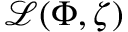
{ \mathcal { L } } ( \Phi , \zeta )